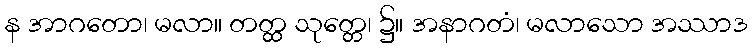
န အာဂတော၊ မလာ။ တတ္ထ သုတ္တေ၊ ၌။ အနာဂတံ၊ မလာသော အဿာဒ